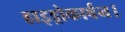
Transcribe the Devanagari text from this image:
हाइड्रोकार्बन।